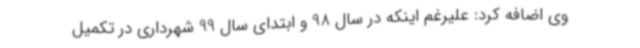
وی اضافه کرد: علیرغم اینکه در سال 98 و ابتدای سال 99 شهرداری در تکمیل